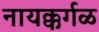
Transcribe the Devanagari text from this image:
नायक्कर्गळ